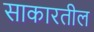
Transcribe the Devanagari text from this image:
साकारतील